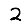
Digit: 2